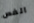
الفص